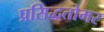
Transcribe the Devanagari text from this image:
प्रसिद्धतोमर